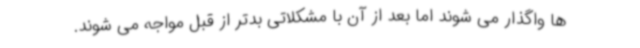
ها واگذار می شوند اما بعد از آن با مشکلاتی بدتر از قبل مواجه می شوند.